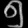
Digit: ၅